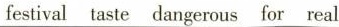
festival taste dangerous for real